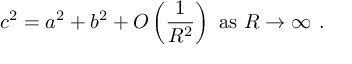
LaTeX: c ^ { 2 } = a ^ { 2 } + b ^ { 2 } + O \left( { \frac { 1 } { R ^ { 2 } } } \right) { \mathrm { ~ a s ~ } } R \to \infty \ .